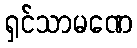
ရှင်သာမဏေ